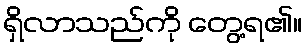
ရှိလာသည်ကို တွေ့ရ၏။